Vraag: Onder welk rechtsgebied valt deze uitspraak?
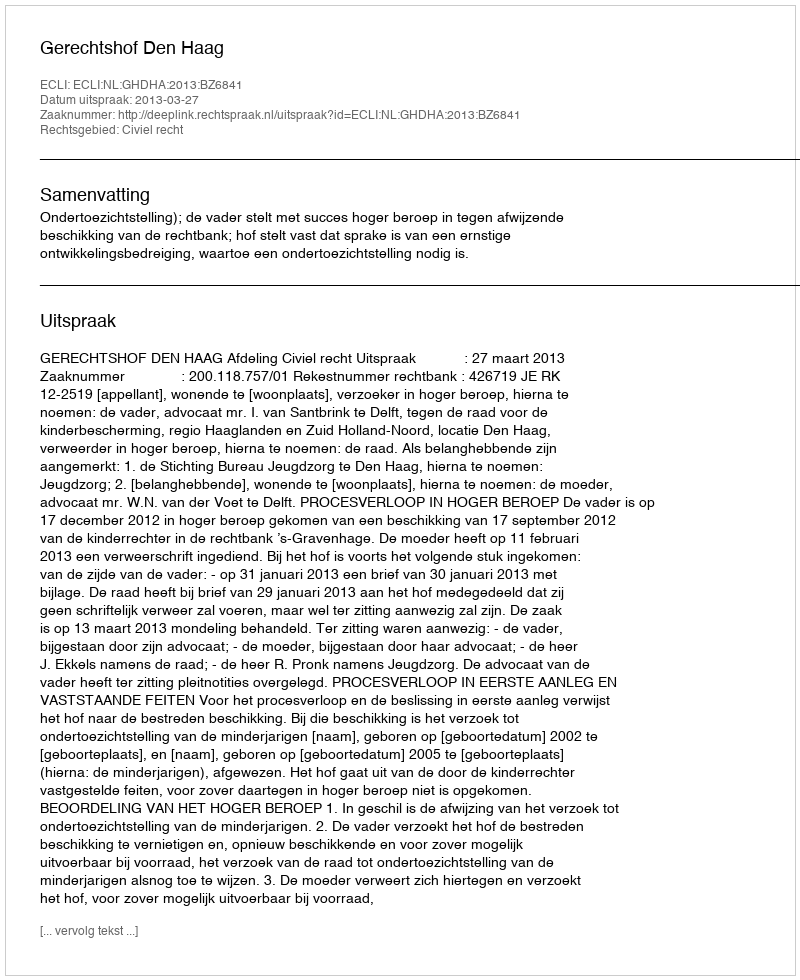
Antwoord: Civiel recht